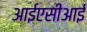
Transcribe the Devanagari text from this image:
आईएसीआई